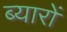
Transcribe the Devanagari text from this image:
ब्यारों